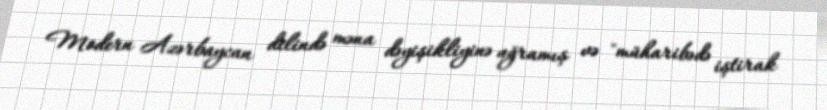
Modern Azərbaycan dilində məna dəyişikliyinə uğramış və "müharibədə iştirak